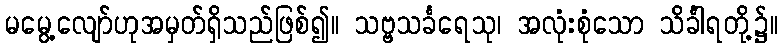
မမွေ့လျော်ဟုအမှတ်ရှိသည်ဖြစ်၍။ သဗ္ဗသင်္ခရေသု၊ အလုံးစုံသော သိင်္ခါရတို့၌။